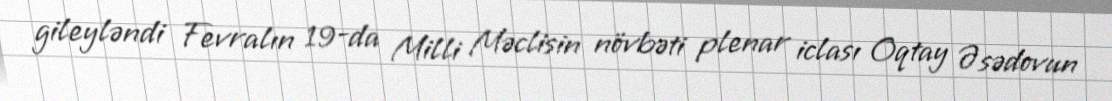
gileyləndi Fevralın 19-da Milli Məclisin növbəti plenar iclası Oqtay Əsədovun